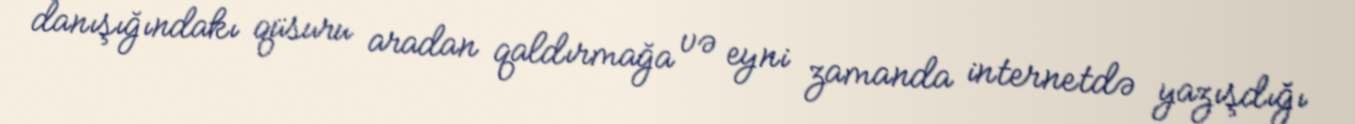
danışığındakı qüsuru aradan qaldırmağa və eyni zamanda internetdə yazışdığı